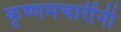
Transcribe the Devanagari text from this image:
कृष्णमचारींनी